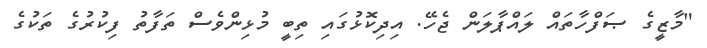
"މާޒީގެ ޞަފްހާތައް ލައްޕާލަން ޖެހޭ. އިދިކޮޅުގައި ތިބީ މުޅިންވެސް ތަފާތު ފިކުރުގެ ތަކުގެ